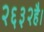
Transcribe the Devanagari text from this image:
२६३२है।